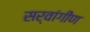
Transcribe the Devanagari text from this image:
सर्वांगींण